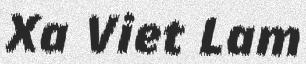
Xa Viet Lam